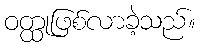
ဝတ္ထုဖြစ်လာခဲ့သည်။